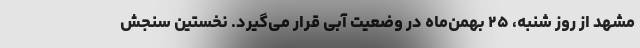
مشهد از روز شنبه، ۲۵ بهمن‌ماه در وضعیت آبی قرار می‌گیرد. نخستین سنجش